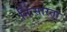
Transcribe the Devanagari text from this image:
निःसारता